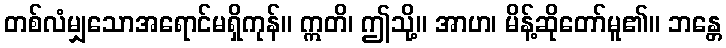
တစ်လံမျှသောအရောင်မရှိကုန်။ ဣတိ၊ ဤသို့။ အာဟ၊ မိန့်ဆိုတော်မူ၏။ ဘန္တေ